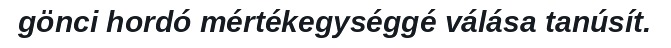
gönci hordó mértékegységgé válása tanúsít.